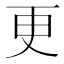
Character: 更